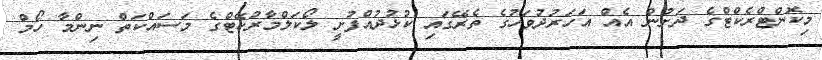
މިކޮންޓްރެކްޓްގެ ދަށުން އެއް އަހަރުދުވަހުގެ ތެރޭގައި ކުޅުދުއްފުށީ ލޯކަލްމާރުކޭޓްގެ މަސައްކަތް ނިންމާ ހޯމް